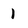
Character: 1